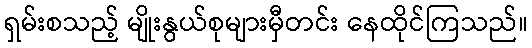
ရှမ်းစသည့် မျိုးနွယ်စုများမှီတင်း နေထိုင်ကြသည်။